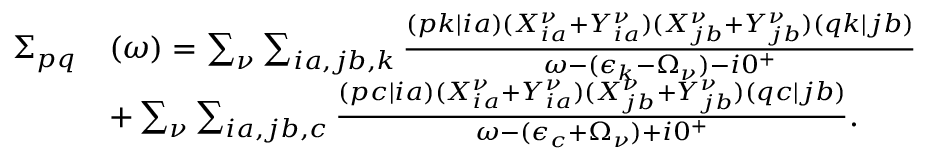
\begin{array} { r l } { \Sigma _ { p q } } & { ( \omega ) = \sum _ { \nu } \sum _ { i a , j b , k } \frac { ( p k | i a ) ( X _ { i a } ^ { \nu } + Y _ { i a } ^ { \nu } ) ( X _ { j b } ^ { \nu } + Y _ { j b } ^ { \nu } ) ( q k | j b ) } { \omega - ( \epsilon _ { k } - \Omega _ { \nu } ) - i 0 ^ { + } } } \\ & { + \sum _ { \nu } \sum _ { i a , j b , c } \frac { ( p c | i a ) ( X _ { i a } ^ { \nu } + Y _ { i a } ^ { \nu } ) ( X _ { j b } ^ { \nu } + Y _ { j b } ^ { \nu } ) ( q c | j b ) } { \omega - ( \epsilon _ { c } + \Omega _ { \nu } ) + i 0 ^ { + } } . } \end{array}